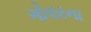
ગોવરના